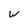
Character: W